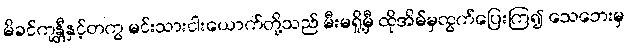
မိခင်ကုန္တီနှင့်တကွ မင်းသားငါးယောက်တို့သည် မီးမရှို့မှီ ထိုအိမ်မှထွက်ပြေးကြ၍ သေဘေးမှ